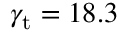
\gamma _ { \mathrm { t } } = 1 8 . 3